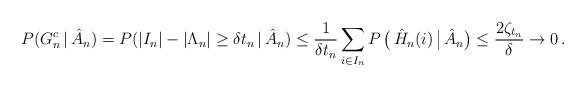
LaTeX: \begin{align*}P(G_n^c \,|\, \hat{A}_n) = P(|I_n|-|\Lambda_n| \ge \delta t_n \, | \, \hat{A}_n) \le \frac{1}{\delta t_n} \sum_{i \in I_n} P \, \big( \, \hat{H}_n(i) \, \big| \, \hat{A}_n \big) \le \frac{2 \zeta_{t_n}}{\delta} \to 0 \,.\end{align*}